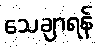
သေချာရန်